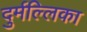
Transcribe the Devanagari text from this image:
दुर्मल्लिका